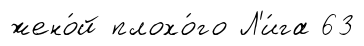
жено́й плохо́го Л'и́га 63